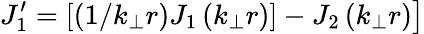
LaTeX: \left.J_{1}^{\prime}=\left[\left(1/k_{\perp}r\right)J_{1}\left(k_{\perp}r\right)\right]-J_{2}\left(k_{\perp}r\right)\right]